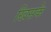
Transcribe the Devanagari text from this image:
खिसके